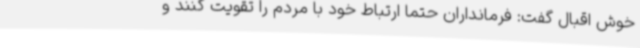
خوش اقبال گفت: فرمانداران حتما ارتباط خود با مردم را تقویت کنند و